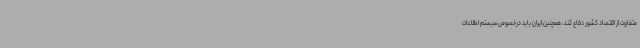
متفاوت از اقتصاد کشور دفاع کند، همچنین ایران باید درخصوص سیستم اطلاعات